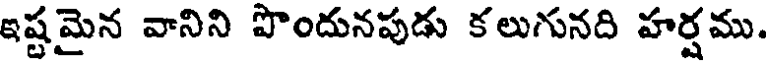
ఇష్టమైన వానిని పొందునపుడు కలుగునది హర్షము.